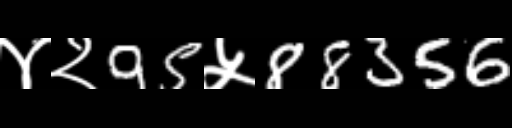
Text: ४२95५88356